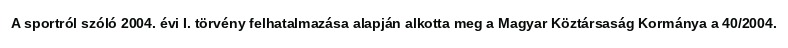
A sportról szóló 2004. évi I. törvény felhatalmazása alapján alkotta meg a Magyar Köztársaság Kormánya a 40/2004.